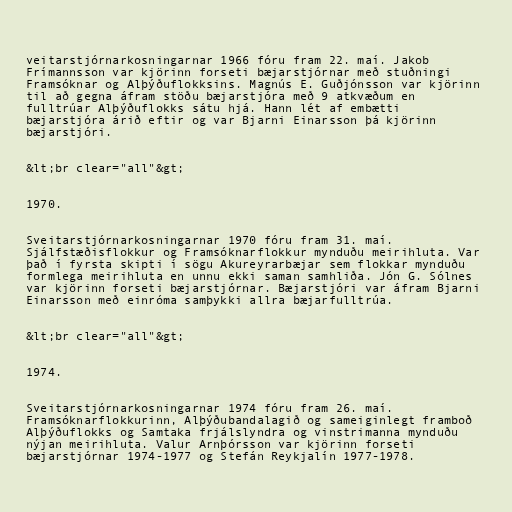
veitarstjórnarkosningarnar 1966 fóru fram 22. maí. Jakob
Frímannsson var kjörinn forseti bæjarstjórnar með stuðningi
Framsóknar og Alþýðuflokksins. Magnús E. Guðjónsson var kjörinn
til að gegna áfram stöðu bæjarstjóra með 9 atkvæðum en
fulltrúar Alþýðuflokks sátu hjá. Hann lét af embætti
bæjarstjóra árið eftir og var Bjarni Einarsson þá kjörinn
bæjarstjóri.

&lt;br clear="all"&gt;

1970.

Sveitarstjórnarkosningarnar 1970 fóru fram 31. maí.
Sjálfstæðisflokkur og Framsóknarflokkur mynduðu meirihluta. Var
það í fyrsta skipti í sögu Akureyrarbæjar sem flokkar mynduðu
formlega meirihluta en unnu ekki saman samhliða. Jón G. Sólnes
var kjörinn forseti bæjarstjórnar. Bæjarstjóri var áfram Bjarni
Einarsson með einróma samþykki allra bæjarfulltrúa.

&lt;br clear="all"&gt;

1974.

Sveitarstjórnarkosningarnar 1974 fóru fram 26. maí.
Framsóknarflokkurinn, Alþýðubandalagið og sameiginlegt framboð
Alþýðuflokks og Samtaka frjálslyndra og vinstrimanna mynduðu
nýjan meirihluta. Valur Arnþórsson var kjörinn forseti
bæjarstjórnar 1974-1977 og Stefán Reykjalín 1977-1978.